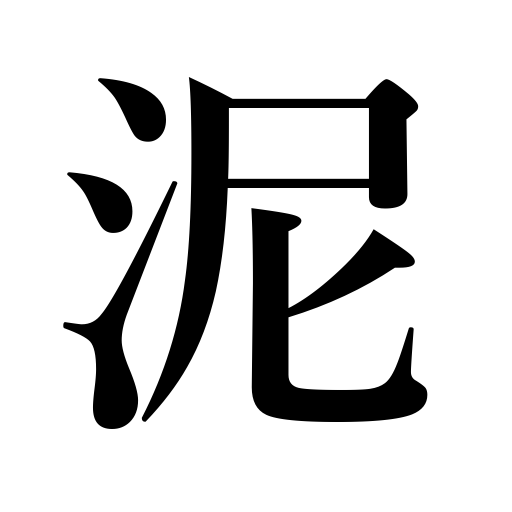
Meanings: dirt,disgrace,slush,mud,mire